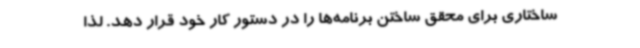
ساختاری برای محقق ساختن برنامه‌ها را در دستور کار خود قرار دهد. لذا